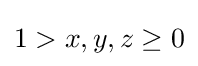
1>x,y,z\geq 0